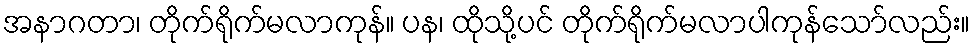
အနာဂတာ၊ တိုက်ရိုက်မလာကုန်။ ပန၊ ထိုသို့ပင် တိုက်ရိုက်မလာပါကုန်သော်လည်း။